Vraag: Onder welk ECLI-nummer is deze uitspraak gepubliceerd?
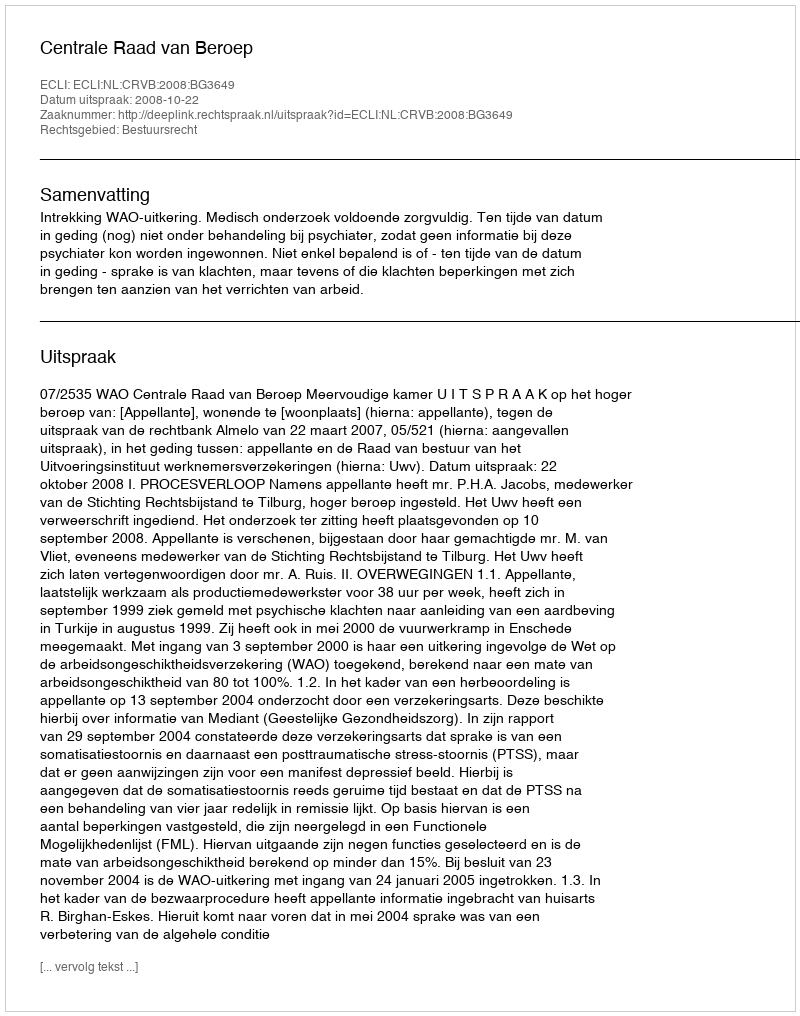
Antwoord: ECLI:NL:CRVB:2008:BG3649